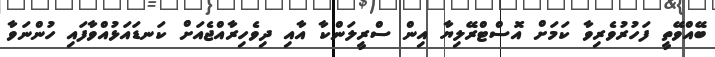
ބޭއްވޭތީ ފަހުރުވެރިވާ ކަމަށް އޮސްޓްރޭލިޔާ އިން ސްރީލަންކާ އާއި ދިވެހިރާއްޖެއަށް ކަނޑައަޅުއްވާފައި ހުންނަވާ